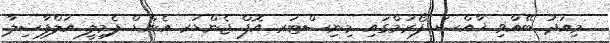
މިއަދު ބޭއްވި ޚާއްސަ ފޯރަމްގައި މިނިސްޓަރ އޮފް ޖެންޑަރ އެންޑް ފެމިލީ އަލްފާޟިލާ